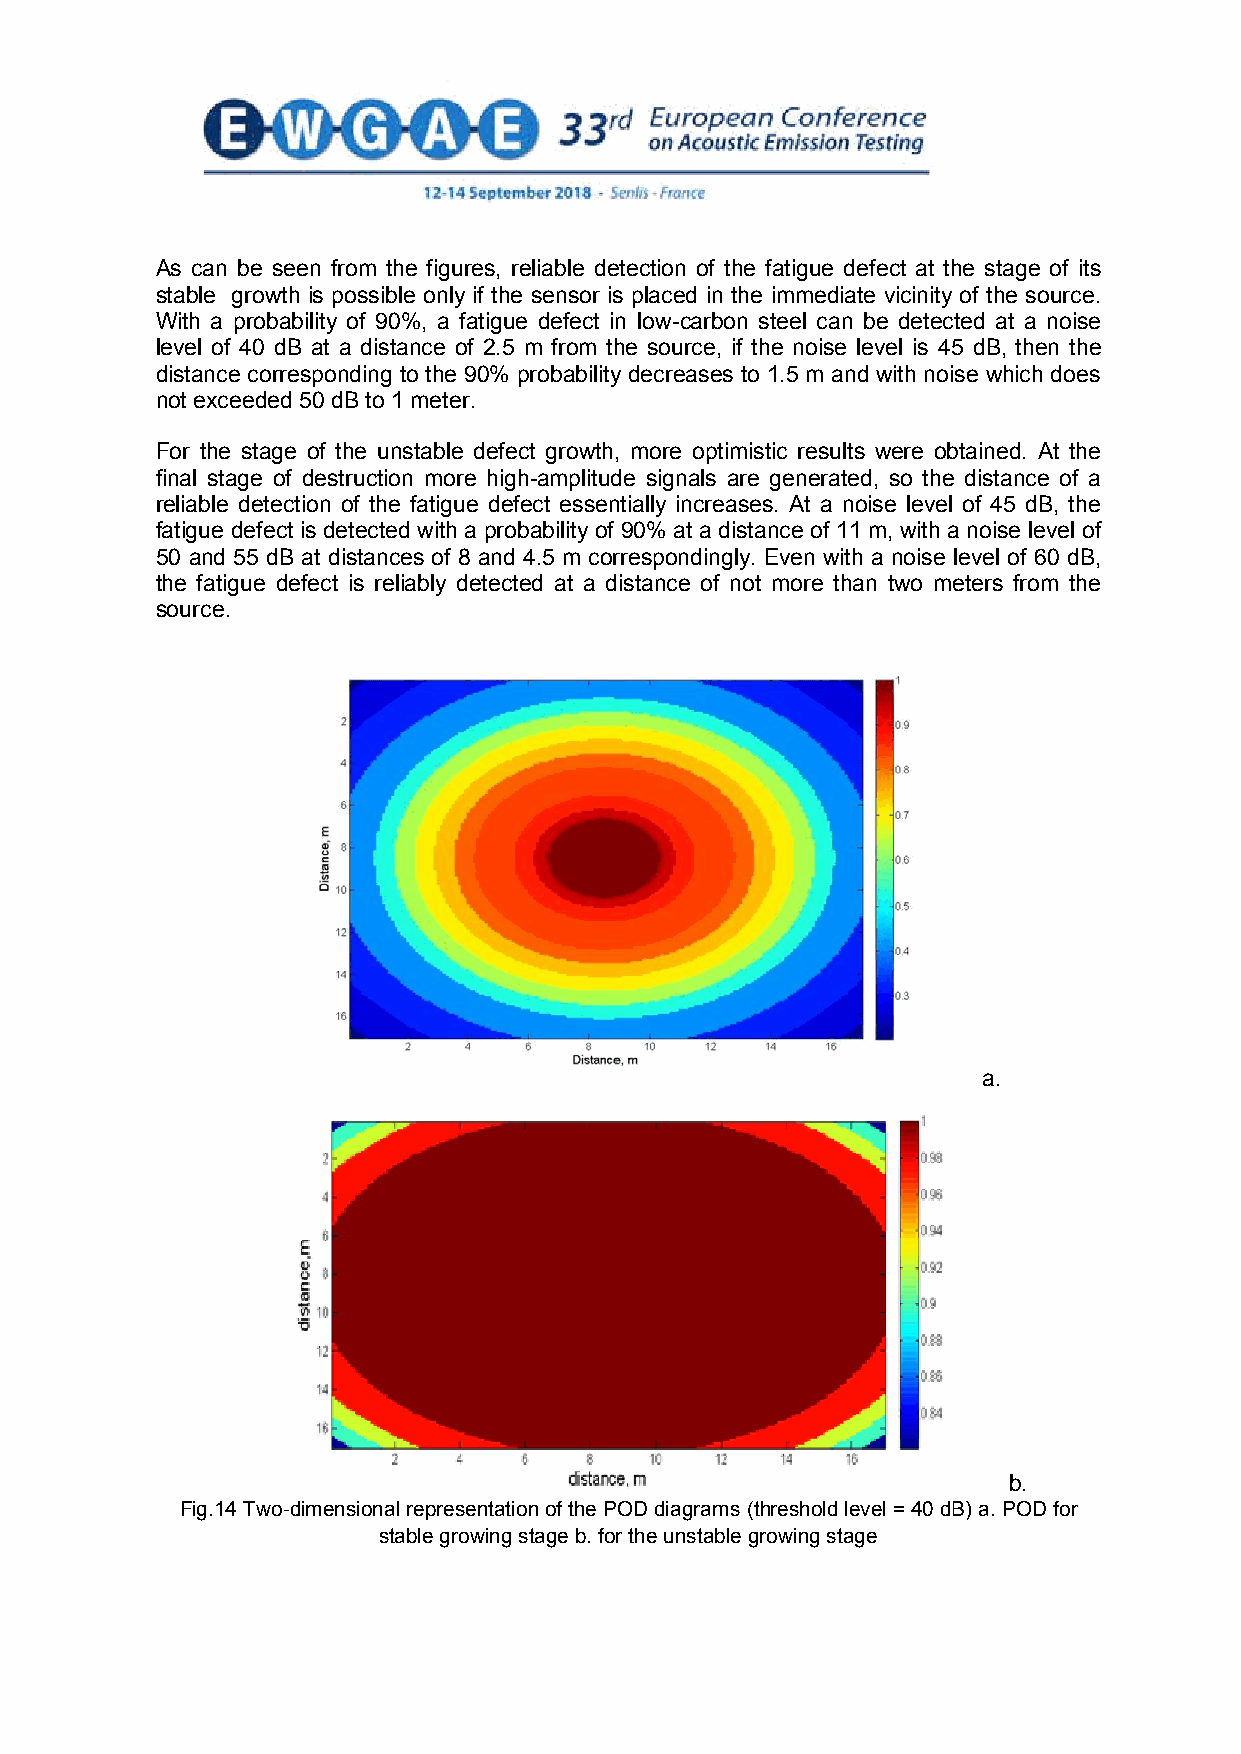
As can be seen from the figures, reliable detection of the fatigue defect at the stage of its
 stable growth is possible only if the sensor is placed in the immediate vicinity of the source.
 With a probability of 90%, a fatigue defect in low-carbon steel can be detected at a noise
 level of 40 dB at a distance of 2.5 m from the source, if the noise level is 45 dB, then the
 distance corresponding to the 90% probability decreases to 1.5 m and with noise which does
 not exceeded 50 dB to 1 meter.
 For the stage of the unstable defect growth, more optimistic results were obtained. At the
 final stage of destruction more high-amplitude signals are generated, so the distance of a
 reliable detection of the fatigue defect essentially increases. At a noise level of 45 dB, the
 fatigue defect is detected with a probability of 90% at a distance of 11 m, with a noise level of
 50 and 55 dB at distances of 8 and 4.5 m correspondingly. Even with a noise level of 60 dB,
 the fatigue defect is reliably detected at a distance of not more than two meters from the
 source.
 a.
 b.
 Fig.14 Two-dimensional representation of the POD diagrams (threshold level = 40 dB) a. POD for
 stable growing stage b. for the unstable growing stage
 11